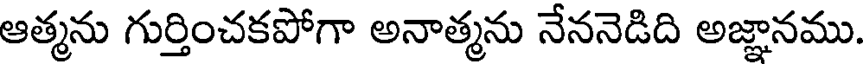
ఆత్మను గుర్తించకపోగా అనాత్మను నేననెడిది అజ్ఞానము.